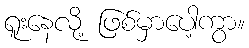
ရူးနေလို့ ဖြစ်မှာပေါ့ကွာ။